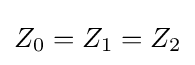
Z_{0}=Z_{1}=Z_{2}